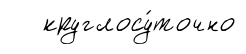
круглосу́точно